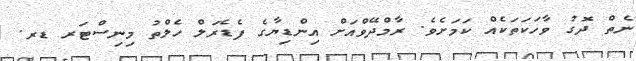
ނެތް ދޮގު ވާހަކަތަކެއް ކަމަށެވެ. ރާމްދޭވްއަށް އިންޑިޔާގެ ފެޑެރަލް ހެލްތު މިނިސްޓަރ ޑރ.